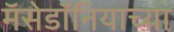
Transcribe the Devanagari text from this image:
मॅसेडॉनियाच्या